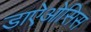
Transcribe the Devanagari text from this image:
डाऐओसिस